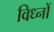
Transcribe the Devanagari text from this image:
विध्नों